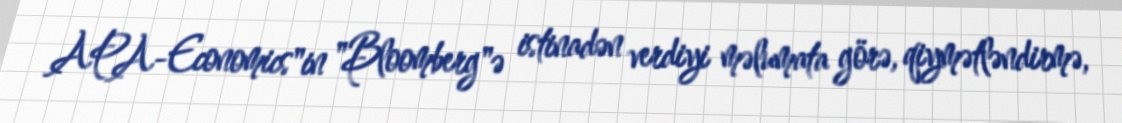
APA-Economics"in "Bloomberg"ə istinadən verdiyi məlumata görə, qiymətləndirmə,